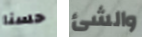
حسنا والشئ